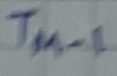
Text: TM-1